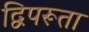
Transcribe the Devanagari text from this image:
द्विपरूता